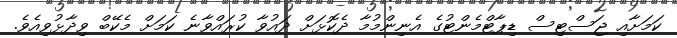
ކަމަށާއި ޖަސްޓިސް ޑިޕާޓްމެންޓުގެ އެނިންމުމާ ދެކޮޅަށް ދަައުވާ ކުރައްވާނެ ކަމަށް މެކޭބް ވިދާޅުވިއެވެ.